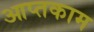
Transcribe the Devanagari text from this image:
आप्तकाम